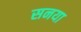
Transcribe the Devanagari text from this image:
सनया